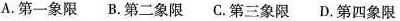
A.第一象限 B.第二象限 C.第三象限 D.第四象限